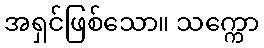
အရှင်ဖြစ်သော။ သက္ကော